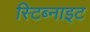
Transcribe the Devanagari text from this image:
स्टिब्नाइट